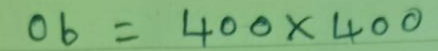
06 = 400 x 400